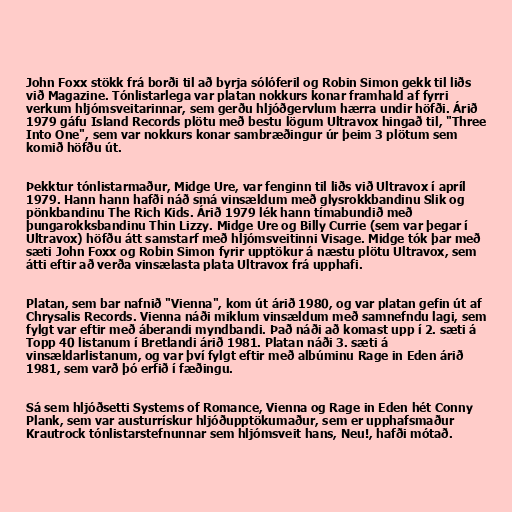
John Foxx stökk frá borði til að byrja sólóferil og Robin Simon gekk til liðs
við Magazine. Tónlistarlega var platan nokkurs konar framhald af fyrri
verkum hljómsveitarinnar, sem gerðu hljóðgervlum hærra undir höfði. Árið
1979 gáfu Island Records plötu með bestu lögum Ultravox hingað til, "Three
Into One", sem var nokkurs konar sambræðingur úr þeim 3 plötum sem
komið höfðu út.

Þekktur tónlistarmaður, Midge Ure, var fenginn til liðs við Ultravox í apríl
1979. Hann hann hafði náð smá vinsældum með glysrokkbandinu Slik og
pönkbandinu The Rich Kids. Árið 1979 lék hann tímabundið með
þungarokksbandinu Thin Lizzy. Midge Ure og Billy Currie (sem var þegar í
Ultravox) höfðu átt samstarf með hljómsveitinni Visage. Midge tók þar með
sæti John Foxx og Robin Simon fyrir upptökur á næstu plötu Ultravox, sem
átti eftir að verða vinsælasta plata Ultravox frá upphafi.

Platan, sem bar nafnið "Vienna", kom út árið 1980, og var platan gefin út af
Chrysalis Records. Vienna náði miklum vinsældum með samnefndu lagi, sem
fylgt var eftir með áberandi myndbandi. Það náði að komast upp í 2. sæti á
Topp 40 listanum í Bretlandi árið 1981. Platan náði 3. sæti á
vinsældarlistanum, og var því fylgt eftir með albúminu Rage in Eden árið
1981, sem varð þó erfið í fæðingu.

Sá sem hljóðsetti Systems of Romance, Vienna og Rage in Eden hét Conny
Plank, sem var austurrískur hljóðupptökumaður, sem er upphafsmaður
Krautrock tónlistarstefnunnar sem hljómsveit hans, Neu!, hafði mótað.